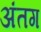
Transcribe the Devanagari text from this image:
अंतग